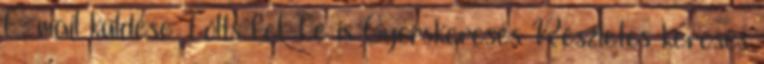
E-mail küldése Tölts fel Te is Gyorskeresés Részletes keresés